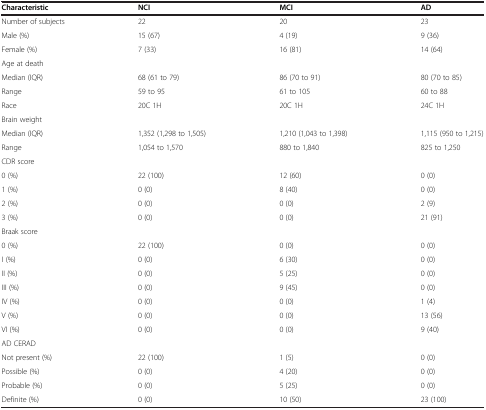
<table><thead><tr><td><b>Characteristic</b></td><td><b>NCI</b></td><td><b>MCI</b></td><td><b>AD</b></td></tr></thead><tbody><tr><td>Number of subjects</td><td>22</td><td>20</td><td>23</td></tr><tr><td>Male (%)</td><td>15 (67)</td><td>4 (19)</td><td>9 (36)</td></tr><tr><td>Female (%)</td><td>7 (33)</td><td>16 (81)</td><td>14 (64)</td></tr><tr><td>Age at death</td><td> </td><td> </td><td> </td></tr><tr><td>Median (IQR)</td><td>68 (61 to 79)</td><td>86 (70 to 91)</td><td>80 (70 to 85)</td></tr><tr><td>Range</td><td>59 to 95</td><td>61 to 105</td><td>60 to 88</td></tr><tr><td>Race</td><td>20C 1H</td><td>20C 1H</td><td>24C 1H</td></tr><tr><td>Brain weight</td><td> </td><td> </td><td> </td></tr><tr><td>Median (IQR)</td><td>1,352 (1,298 to 1,505)</td><td>1,210 (1,043 to 1,398)</td><td>1,115 (950 to 1,215)</td></tr><tr><td>Range</td><td>1,054 to 1,570</td><td>880 to 1,840</td><td>825 to 1,250</td></tr><tr><td>CDR score</td><td> </td><td> </td><td> </td></tr><tr><td>0 (%)</td><td>22 (100)</td><td>12 (60)</td><td>0 (0)</td></tr><tr><td>1 (%)</td><td>0 (0)</td><td>8 (40)</td><td>0 (0)</td></tr><tr><td>2 (%)</td><td>0 (0)</td><td>0 (0)</td><td>2 (9)</td></tr><tr><td>3 (%)</td><td>0 (0)</td><td>0 (0)</td><td>21 (91)</td></tr><tr><td>Braak score</td><td> </td><td> </td><td> </td></tr><tr><td>0 (%)</td><td>22 (100)</td><td>0 (0)</td><td>0 (0)</td></tr><tr><td>I (%)</td><td>0 (0)</td><td>6 (30)</td><td>0 (0)</td></tr><tr><td>II (%)</td><td>0 (0)</td><td>5 (25)</td><td>0 (0)</td></tr><tr><td>III (%)</td><td>0 (0)</td><td>9 (45)</td><td>0 (0)</td></tr><tr><td>IV (%)</td><td>0 (0)</td><td>0 (0)</td><td>1 (4)</td></tr><tr><td>V (%)</td><td>0 (0)</td><td>0 (0)</td><td>13 (56)</td></tr><tr><td>VI (%)</td><td>0 (0)</td><td>0 (0)</td><td>9 (40)</td></tr><tr><td>AD CERAD</td><td> </td><td> </td><td> </td></tr><tr><td>Not present (%)</td><td>22 (100)</td><td>1 (5)</td><td>0 (0)</td></tr><tr><td>Possible (%)</td><td>0 (0)</td><td>4 (20)</td><td>0 (0)</td></tr><tr><td>Probable (%)</td><td>0 (0)</td><td>5 (25)</td><td>0 (0)</td></tr><tr><td>Definite (%)</td><td>0 (0)</td><td>10 (50)</td><td>23 (100)</td></tr></tbody></table>